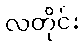
လတိုင်း